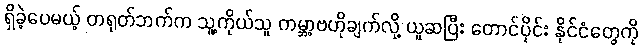
ရှိခဲ့ပေမယ့် တရုတ်ဘက်က သူ့ကိုယ်သူ ကမ္ဘာ့ဗဟိုချက်လို့ ယူဆပြီး တောင်ပိုင်း နိုင်ငံတွေကို